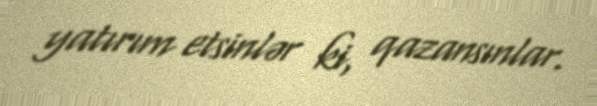
yatırım etsinlər ki, qazansınlar.